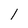
Character: 1